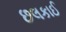
છલકાઈ